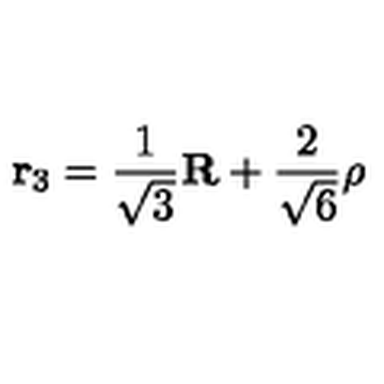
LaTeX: { \bf r } _ { 3 } = \frac { 1 } { \sqrt { 3 } } { \bf R } + \frac { 2 } { \sqrt { 6 } } { \bf \rho }